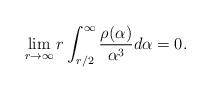
LaTeX: \begin{align*}\lim_{r \to \infty} r \int_{r/2}^\infty \frac{\rho(\alpha)}{\alpha^3} d\alpha = 0.\end{align*}